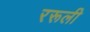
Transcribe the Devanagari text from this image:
ररूली